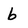
Character: b